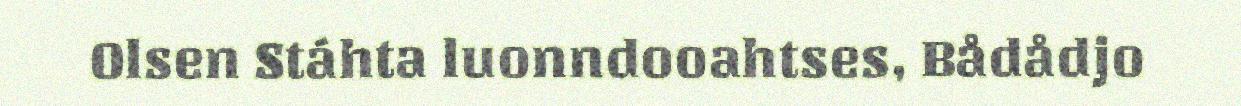
Olsen Stáhta luonndooahtses, Bådådjo